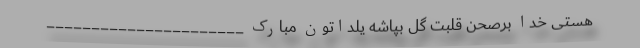
هستی خدا برصحن قلبت گل بپاشه یلداتون مبارک ______________________